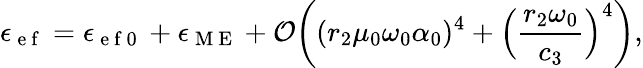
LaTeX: \epsilon_{\mathrm{~e~f~}}=\epsilon_{\mathrm{~e~f~0~}}+\epsilon_{\mathrm{~M~E~}}+\mathcal{O}\bigg((r_{2}\mu_{0}\omega_{0}\alpha_{0})^{4}+\Big(\frac{r_{2}\omega_{0}}{c_{3}}\Big)^{4}\bigg),